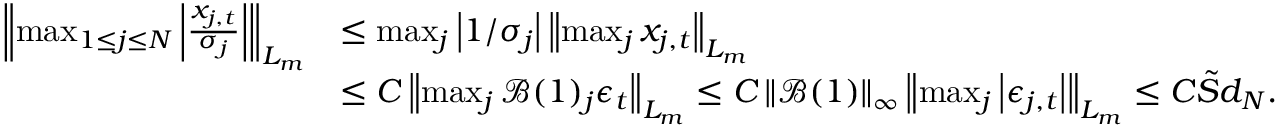
\begin{array} { r l } { \left\lVert \operatorname* { m a x } _ { 1 \leq j \leq N } \left\lvert \frac { x _ { j , t } } { \sigma _ { j } } \right\rvert \right\rVert _ { L _ { m } } } & { \leq \operatorname* { m a x } _ { j } \left\lvert 1 / \sigma _ { j } \right\rvert \left\lVert \operatorname* { m a x } _ { j } x _ { j , t } \right\rVert _ { L _ { m } } } \\ & { \leq C \left\lVert \operatorname* { m a x } _ { j } \mathcal { B } ( 1 ) _ { j } \boldsymbol { \epsilon } _ { t } \right\rVert _ { L _ { m } } \leq C \left\lVert \mathcal { B } ( 1 ) \right\rVert _ { \infty } \left\lVert \operatorname* { m a x } _ { j } \left\lvert \epsilon _ { j , t } \right\rvert \right\rVert _ { L _ { m } } \leq C \tilde { S } d _ { N } . } \end{array}